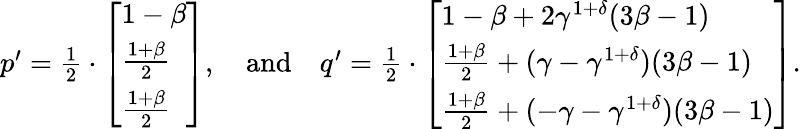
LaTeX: \begin{array}{r}{p^{\prime}=\frac{1}{2}\cdot\left[\begin{array}{l}{1-\beta}\\ {\frac{1+\beta}{2}}\\ {\frac{1+\beta}{2}}\end{array}\right],\quad\mathrm{and}\quad q^{\prime}=\frac{1}{2}\cdot\left[\begin{array}{l}{1-\beta+2\gamma^{1+\delta}(3\beta-1)}\\ {\frac{1+\beta}{2}+(\gamma-\gamma^{1+\delta})(3\beta-1)}\\ {\frac{1+\beta}{2}+(-\gamma-\gamma^{1+\delta})(3\beta-1)}\end{array}\right].}\end{array}